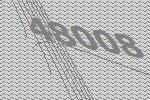
48008